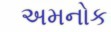
અમનોક